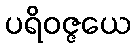
ပရိဝဇ္ဇယေ